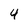
Character: 4